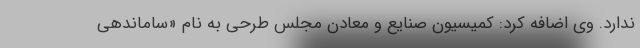
ندارد. وی اضافه کرد: کمیسیون صنایع و معادن مجلس طرحی به نام «ساماندهی